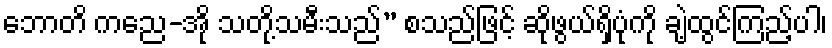
ဘောတိ ကညေ-အို သတို့သမီးသည်” စသည်ဖြင့် ဆိုဖွယ်ရှိပုံကို ချဲ့ထွင်ကြည့်ပါ၊